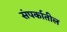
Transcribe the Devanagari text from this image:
संपर्कातील